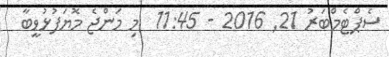
ސެޕްޓެމްބަރު 21